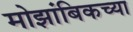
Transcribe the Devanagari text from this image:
मोझांबिकच्या